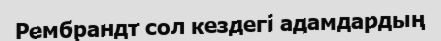
Рембрандт сол кездегі адамдардың